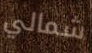
شمالي